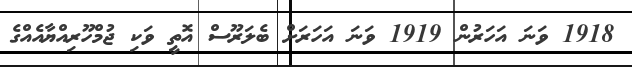
1918 ވަނަ އަހަރުން 1919 ވަނަ އަހަރަށް ބެލަރޫސް އޮތީ ވަކި ޖުމްހޫރިއްޔާއެއްގެ